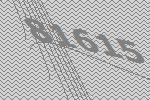
81615